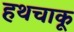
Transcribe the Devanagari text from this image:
हथचाकू